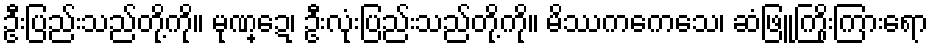
ဦးပြည်းသည်တို့ကို။ မုဏ္ဍေ၊ ဦးလုံးပြည်းသည်တို့ကို။ မိဿကကေသေ၊ ဆံဖြူကြိုးကြားရော